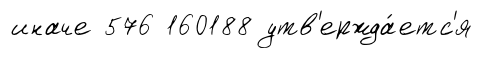
иначе 576 160188 утв'ержда́етс'я